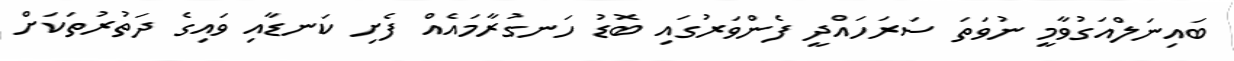
ބައިނަލްއަގުވާމީ ނުވަތަ ސަރަހައްދީ ފެންވަރުގައި ބޮޑު ހަނގުރާމައެއް ފެށި ކަނޑާއި ވައިގެ ދަތުރުތަކަށް